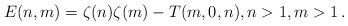
LaTeX: \begin{align*}E(n,m)=\zeta(n)\zeta(m)-T(m,0,n),n>1,m>1\,.\end{align*}